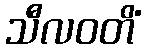
သီလဝတိံ